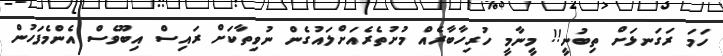
ހަމަ ރަގަނޅަށް ތިބުނީ!! މީނާމީ ހުރިހާބާރެއް މުށުތެރެއަށްލައުގެން ނުވިތާކަށް ރައިސް އިބޫވެސް އެންމެފަހުން